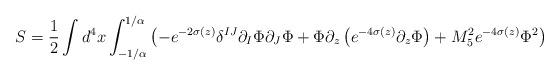
LaTeX: \begin{align*}S=\frac{1}{2} \int d^4x \int _{-1/\alpha}^{1/\alpha} \left(-e^{-2\sigma (z)} \delta^{IJ} \partial_I \Phi \partial_J \Phi + \Phi \partial_z \left(e^{-4\sigma (z)} \partial_z \Phi \right) + M_5^2 e^{-4\sigma (z)}\Phi^2 \right)\end{align*}